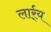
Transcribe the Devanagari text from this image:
लार्र्य